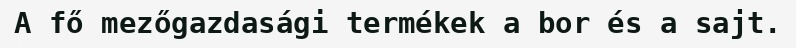
A fő mezőgazdasági termékek a bor és a sajt.